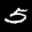
Label: 5